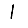
Digit: 1